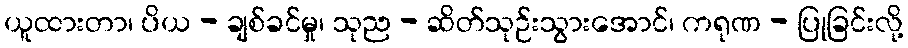
ယူထားတာ၊ ပိယ - ချစ်ခင်မှု၊ သုည - ဆိတ်သုဉ်းသွားအောင်၊ ကရုဏ - ပြုခြင်းလို့